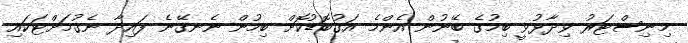
މިނިސްޓަރު ވިދާޅުވީ ބިމުގެ ބޭނުން އެންމެ އަގުބޮޑުކޮށް ބިމުން ނެނގޭނެ ފައިދާ ނެގުމަށްޓަކައި